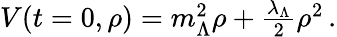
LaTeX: \begin{array}{r}{V(t=0,\rho)=m_{\Lambda}^{2}\rho+\frac{\lambda_{\Lambda}}{2}\rho^{2}\, .}\end{array}